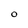
Character: O